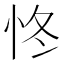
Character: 㤏